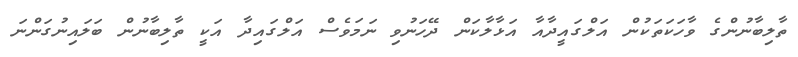
ތާލިބާނުންގެ ވާހަކަތަކުން އަލްގައީދާއާ އަޅާލާކަން ދޭހަނުވި ނަމަވެސް އަލްގައިދާ އަކީ ތާލިބާނުން ބަލައިނުގަންނަ